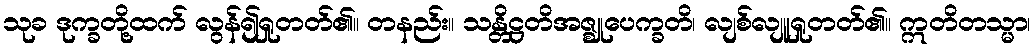
သုခ ဒုက္ခတို့ထက် လွန်၍ရှုတတ်၏။ တနည်း။ သန္တိဋ္ဌတိအဇ္ဈုပေက္ခတိ၊ လျစ်လျူရှုတတ်၏။ ဣတိတသ္မာ၊